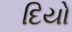
દિયો